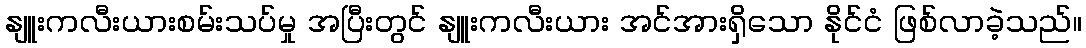
နျူးကလီးယားစမ်းသပ်မှု အပြီးတွင် နျူးကလီးယား အင်အားရှိသော နိုင်ငံ ဖြစ်လာခဲ့သည်။